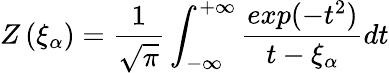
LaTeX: Z\left(\xi_{\alpha}\right)=\frac{1}{\sqrt{\pi}}\int_{-\infty}^{+\infty}\frac{exp(-t^{2})}{t-\xi_{\alpha}}dt